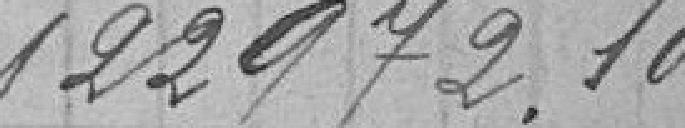
122972.10